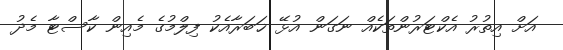
އަށް އިތުރު އެކްޓަރުންތަކެއް ނަގަން އުޅޭ ޚަބަރާއެކު ފިލްމުގެ މެއިން ކާސްޓާ މެދު